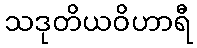
သဒုတိယဝိဟာရီ